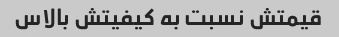
قیمتش نسبت به کیفیتش بالاس